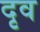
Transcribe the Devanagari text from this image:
दृव